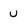
Character: U